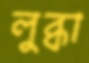
লুব্ধা